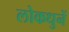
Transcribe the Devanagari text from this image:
लोकधुनें